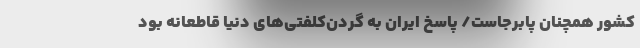
کشور همچنان پابرجاست/ پاسخ ایران به گردن‌کلفتی‌های دنیا قاطعانه بود